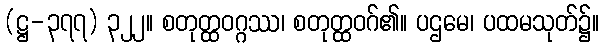
(ဋ္ဌ-၃၇၇) ၃၂၂။ စတုတ္ထဝဂ္ဂဿ၊ စတုတ္ထဝဂ်၏။ ပဌမေ၊ ပထမသုတ်၌။